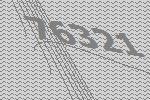
76321